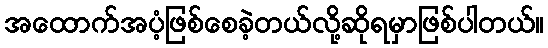
အထောက်အပံ့ဖြစ်စေခဲ့တယ်လို့ဆိုရမှာဖြစ်ပါတယ်။